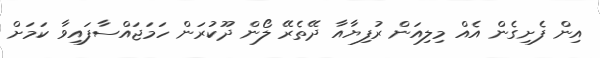
އިން ފެށިގެން އެއް މިލިއަން ރުފިޔާއާ ދޭތެރޭ ލޯން ދޫކުރަން ހަމަޖައްސާފައިވާ ކަމަށް